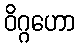
ဝိဂ္ဂဟော